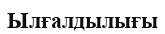
Ылғалдылығы